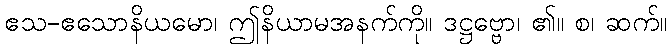
ဧသ-ဧသောနိယမော၊ ဤနိယာမအနက်ကို။ ဒဋ္ဌဗ္ဗော၊ ၏။ စ၊ ဆက်။